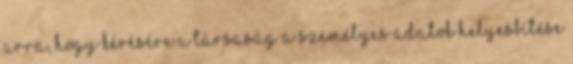
arra, hogy kérésére a Társaság a személyes adatok helyesbítése